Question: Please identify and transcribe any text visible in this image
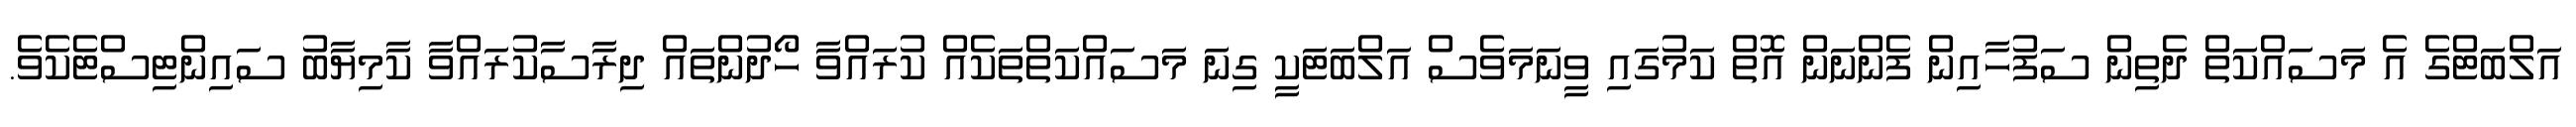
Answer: އަލްބަޓްގެ އެ މަސައްކަތް ދެތިން ސަފުހާއިން ފެންނަން އޮތް ކަމުގައި ވީނަމަވެސް އަލްބަޓަކީ ގިނަ މަސައްކަތްތަކެއް ކުރައްވާ ހޯދުންތައް ދިރާސާކުރައްވާ ކާމިޔާބު ސައިންޓިސްޓެކެވެ.